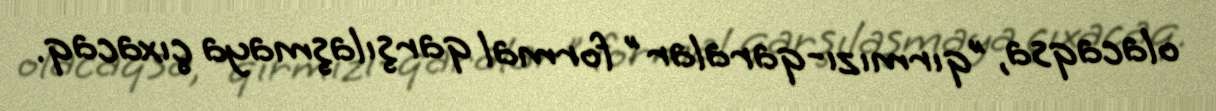
olacaqsa, "qırmızı-qaralar" formal qarşılaşmaya çıxacaq.